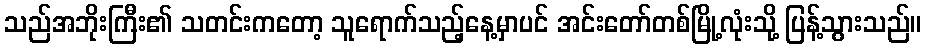
သည်အဘိုးကြီး၏ သတင်းကတော့ သူရောက်သည့်နေ့မှာပင် အင်းတော်တစ်မြို့လုံးသို့ ပြန့်သွားသည်။